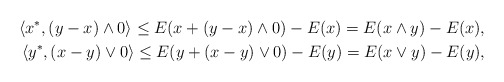
\begin{align*}\langle x^*, (y-x)\land 0\rangle\leq E(x+(y-x)\land 0)-E(x)=E(x\land y)-E(x),\\\langle y^*, (x-y)\lor 0\rangle\leq E(y+(x-y)\lor 0)-E(y)=E(x\lor y)-E(y),\end{align*}